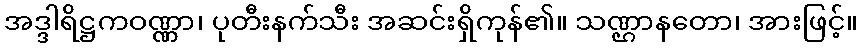
အဒ္ဒါရိဋ္ဌကဝဏ္ဏာ၊ ပုတီးနက်သီး အဆင်းရှိကုန်၏။ သဏ္ဌာနတော၊ အားဖြင့်။